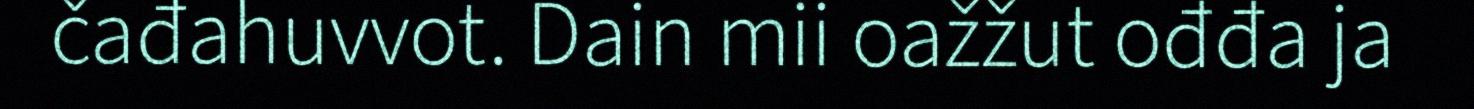
čađahuvvot. Dain mii oažžut ođđa ja